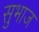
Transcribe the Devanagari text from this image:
सुभाज